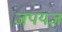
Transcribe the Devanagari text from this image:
जपयज्ञ